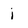
Character: j